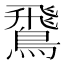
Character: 𫛊